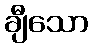
ချီသော